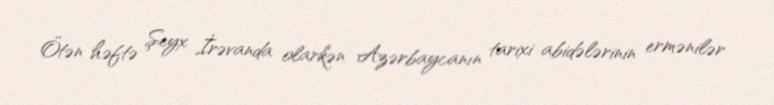
Ötən həftə Şeyx İrəvanda olarkən Azərbaycanın tarixi abidələrinin ermənilər